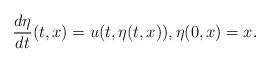
LaTeX: \begin{align*} \frac{d\eta}{dt}(t,x) = u(t,\eta(t,x)), \eta(0,x)=x. \end{align*}